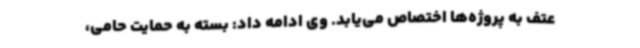
عتف به پروژه‌ها اختصاص می‌یابد. وی ادامه داد: بسته به حمایت حامی،